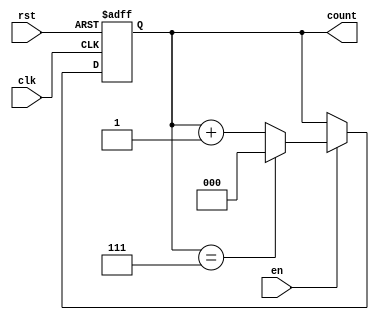
module binary_up_counter (
    input wire clk,      // Clock signal
    input wire rst,      // Asynchronous reset signal
    input wire en,       // Enable signal
    output reg [n-1:0] count // Count output
);
    // Parameter to define the width of the counter
    parameter n = 3; // Change this value for different bit widths

    // Determine max count
    localparam MAX_COUNT = (1 << n) - 1; // 2^n - 1

    // Always block for synchronous counting
    always @(posedge clk or posedge rst) begin
        if (rst) begin
            // Asynchronous reset
            count <= 0;
        end else if (en) begin
            // Increment the count
            if (count == MAX_COUNT) begin
                count <= 0; // Wrap around
            end else begin
                count <= count + 1; // Increment counter
            end
        end
        // If enable (en) is low, do nothing (retain current count)
    end
endmodule